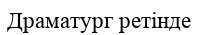
Драматург ретінде